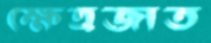
ক্ষেত্রজাত